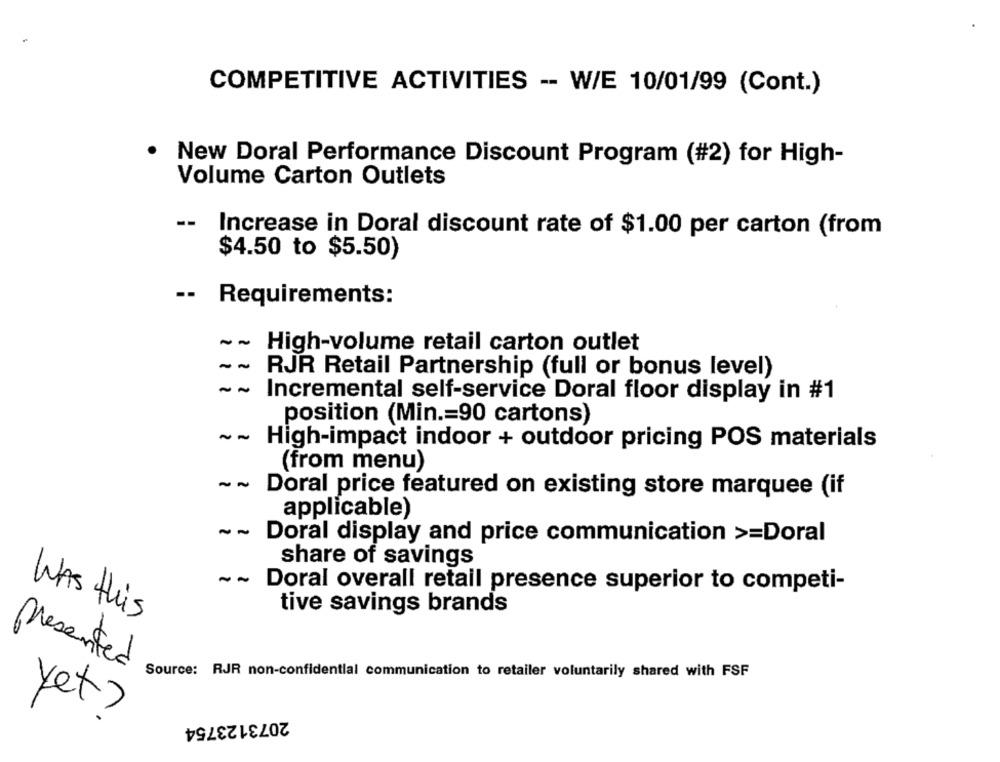
COMPETITIVE ACTIVITIES -- W/E 10/01/99 (Cont.)
New Doral Performance Discount Program (#2) for High-
Volume Carton Outlets
--
Increase in Doral discount rate of $1.00 per carton (from
$4.50 to $5.50)
-- Requirements:
~ ~ High-volume retail carton outlet
--
RJR Retail Partnership (full or bonus level)
Incremental self-service Doral floor display in #1
position (Min .= 90 cartons)
~~ High-impact indoor + outdoor pricing POS materials
(from menu)
-N
Doral price featured on existing store marquee (if
applicable)
Doral display and price communication >=Doral
share of savings
--
Doral overall retail presence superior to competi-
tive savings brands
WAS this
presented
Source: RJR non-confidential communication to retailer voluntarily shared with FSF
yet ?
2073123754